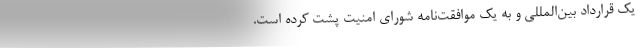
یک قرارداد بین‌المللی و به یک موافقت‌نامه شورای امنیت پشت کرده است.